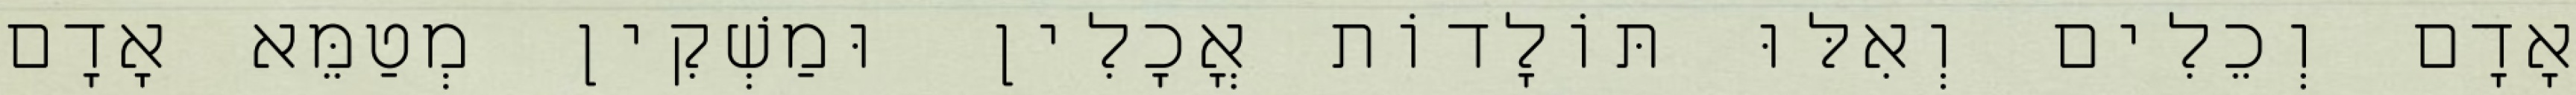
אָדָם וְכֵלִים וְאִלּוּ תּוֹלָדוֹת אֳכָלִין וּמַשְׁקִין מְטַמֵּא אָדָם